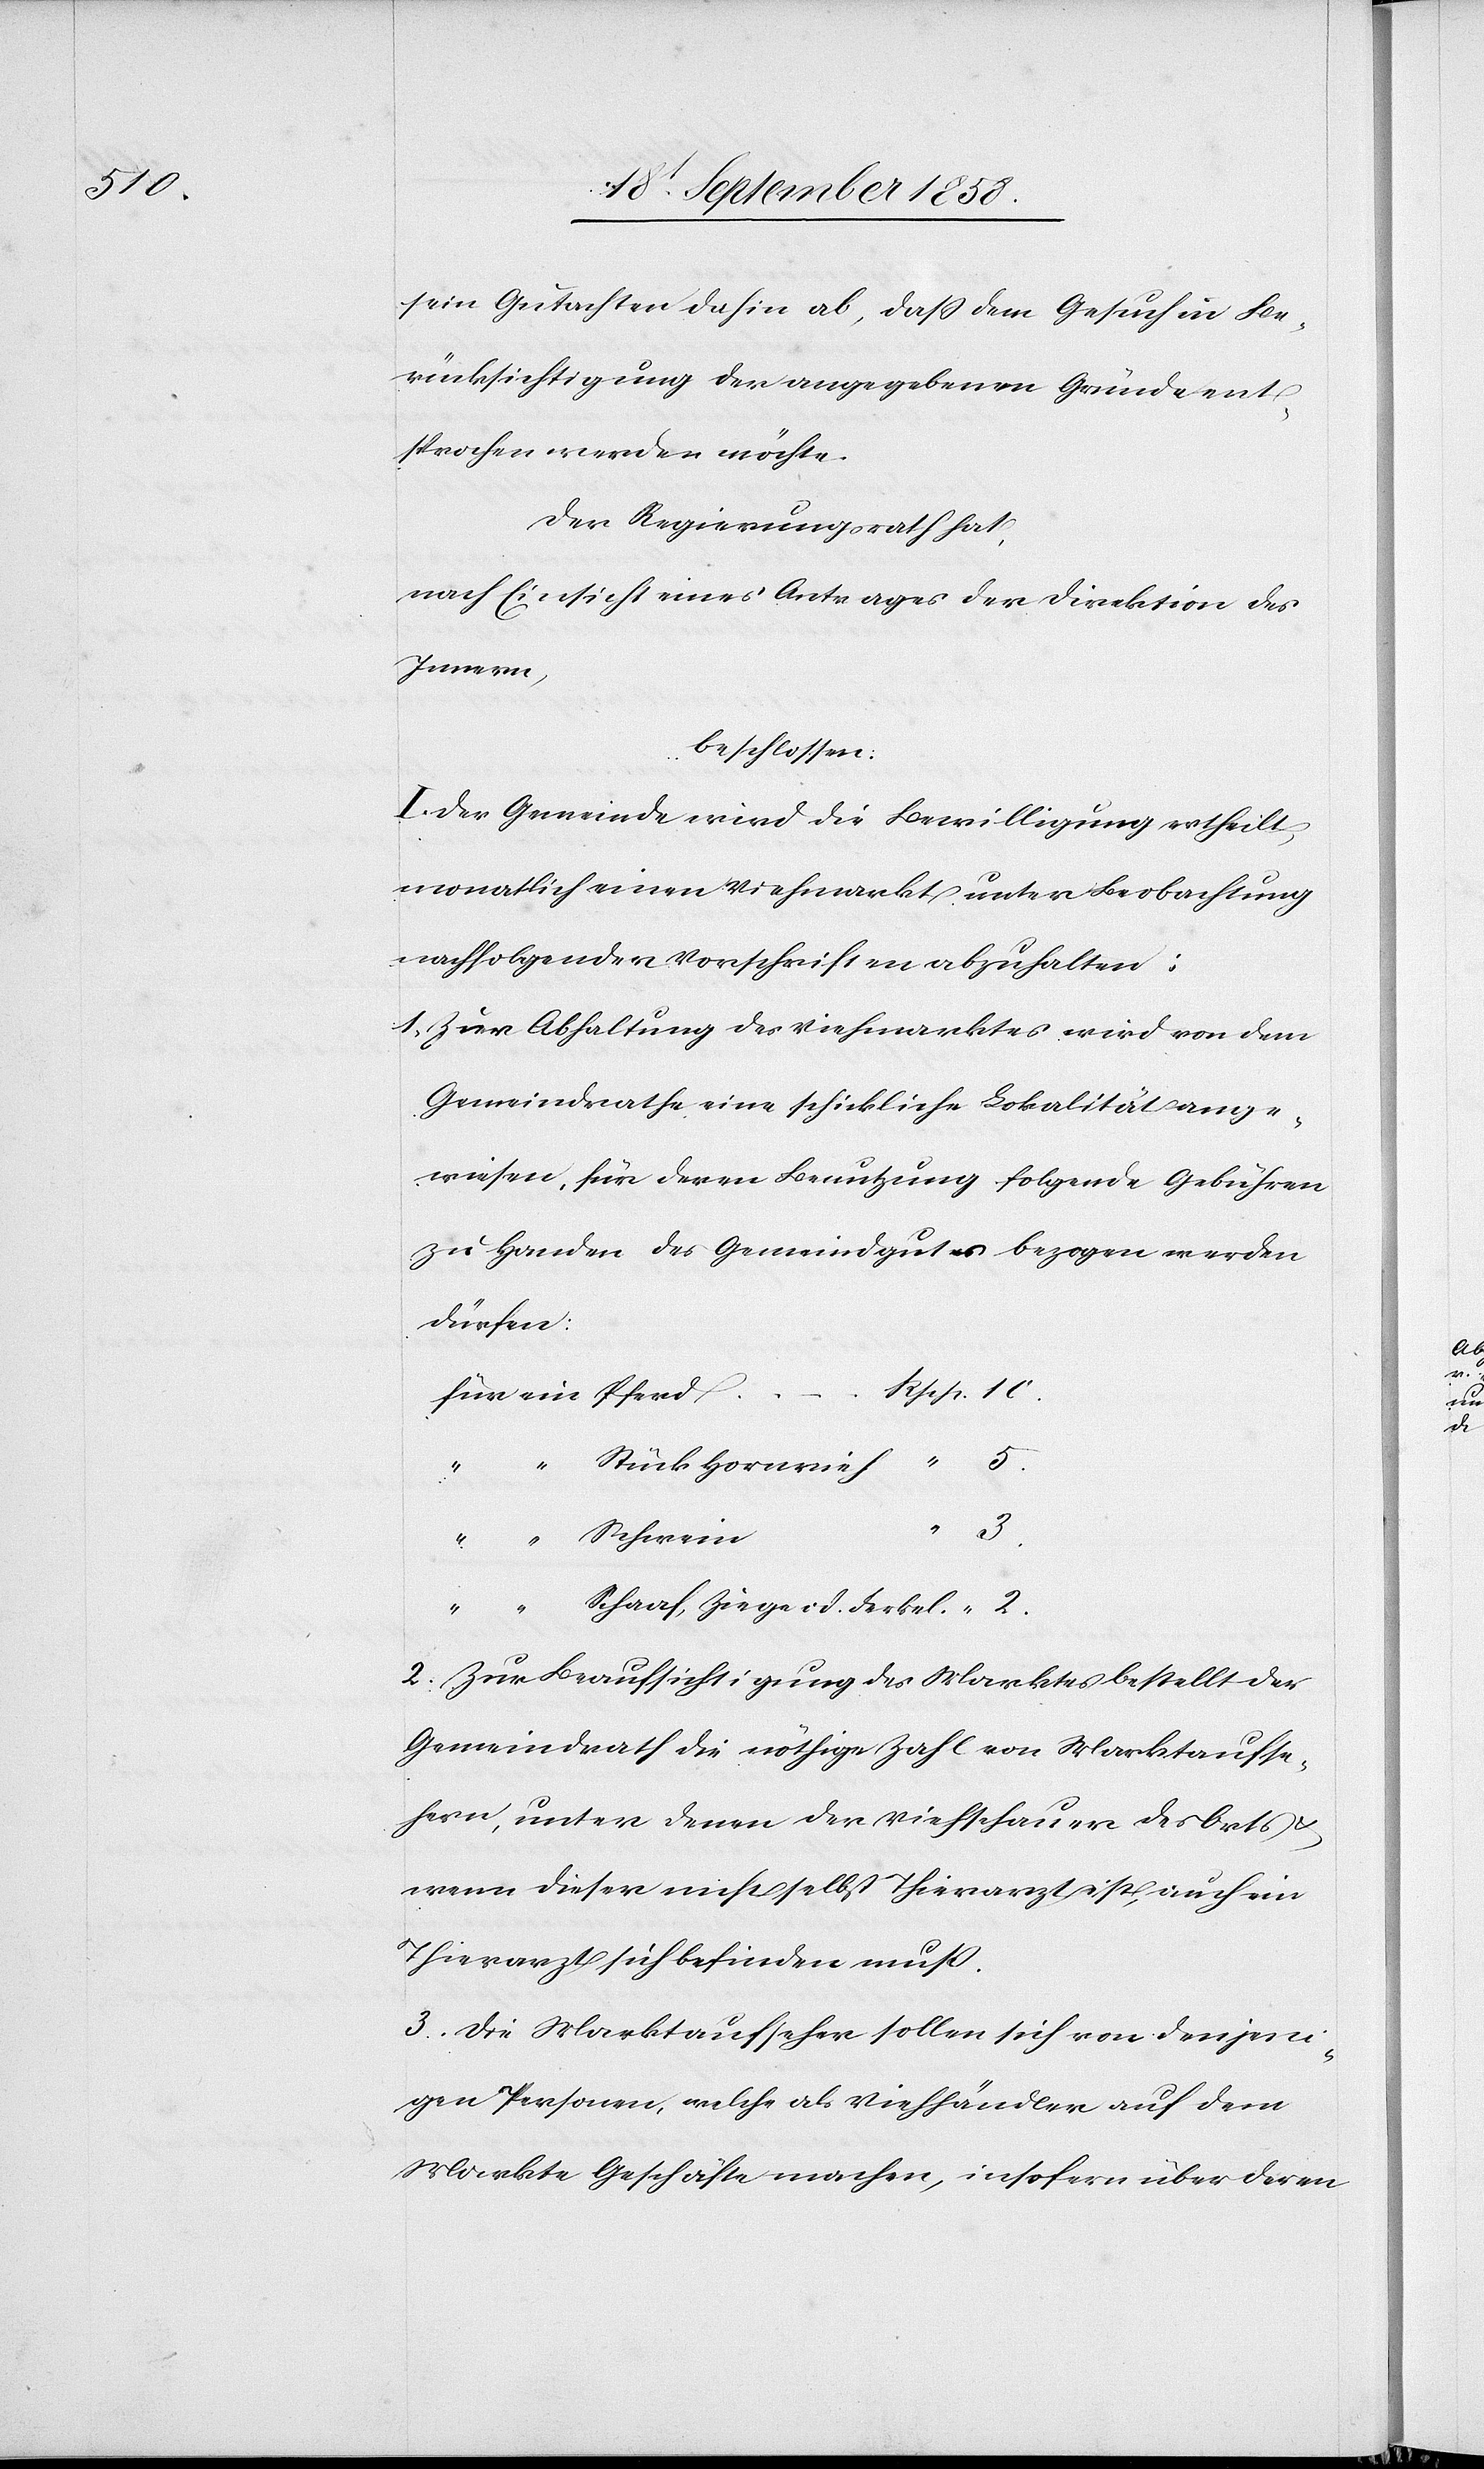
sein Gutachten dahin ab, dass dem Gesuch in Be¬
rücksichtigung der angegebenen Gründe ent¬
sprochen werden möchte.
Der Regierungsrath hat,
nach Einsicht eines Antrages der Direktion des
Innern,
beschlossen:
I. Der Gemeinde wird die Bewilligung ertheilt,
monatlich einen Viehmarkt unter Beobachtung
nachfolgender Vorschriften abzuhalten:
1. Zur Abhaltung des Viehmarktes wird von dem
Gemeindrathe eine schickliche Lokalität ange¬
wiesen, für deren Benutzung folgende Gebühren
zu Handen des Gemeindgutes bezogen werden
dürfen:
“
3.
“
Schaaf, Ziege od. Ferkel.
“ 2.
2. Zur Beaufsichtigung des Marktes bestellt der
Gemeindrath die nöthige Zahl von Marktaufse¬
hern, unter denen der Viehschauer des Orts
wenn dieser nicht selbst Thierarzt ist, auch ein
Thierarzt sich befinden muß.
3. Die Marktaufseher sollen sich von denjeni¬
gen Personen, welche als Viehhändler auf dem
Markte Geschäfte machen, insofern über deren